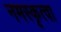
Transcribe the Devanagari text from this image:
नमस्कृत्वा